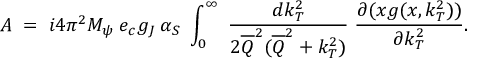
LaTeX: A \; = \; i 4 \pi ^ { 2 } M _ { \psi } \: e _ { c } g _ { J } \: \alpha _ { S } \; \int _ { 0 } ^ { \infty } \; \frac { d k _ { T } ^ { 2 } } { 2 \overline { { { Q } } } ^ { 2 } ( \overline { { { Q } } } ^ { 2 } + k _ { T } ^ { 2 } ) } \; \frac { \partial ( x g ( x , k _ { T } ^ { 2 } ) ) } { \partial k _ { T } ^ { 2 } } .